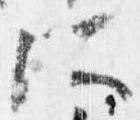
所